Black-water fever - Number 35
Disease focus: Fever
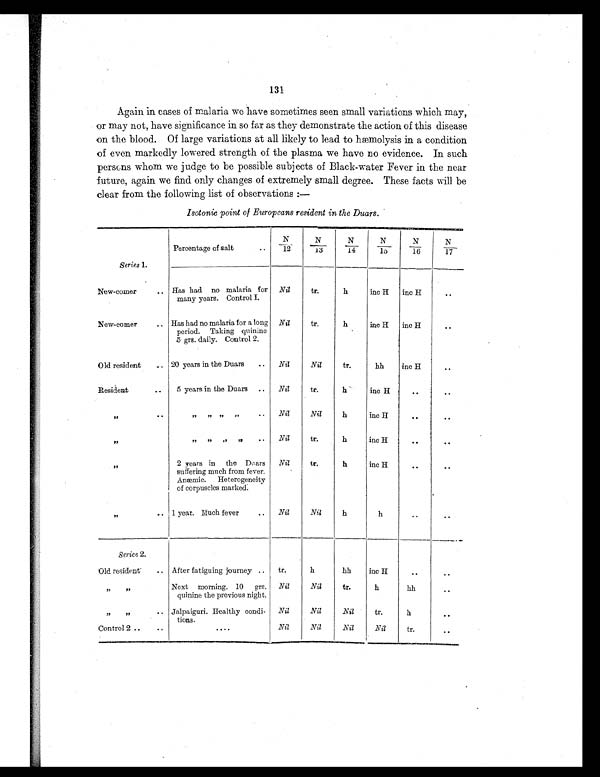
131
Again in cases of malaria we have sometimes seen small variations which may,
or may not, have significance in so far as they demonstrate the action of this disease
on the blood. Of large variations at all likely to lead to hæmolysis in a condition
of even markedly lowered strength of the plasma we have no evidence. In such
persons whom we judge to be possible subjects of Black-water Fever in the near
future, again we find only changes of extremely small degree. These facts will be
clear from the following list of observations :-
Isotonic point of Europeans resident in the Duars.
Series 1.
Percentage of salt
N
/12
N
/13
N
/14
N/15
N
/16
N
/17
New-comer
.. Has had no malaria for
many years.Control I.
N i l
tr.
h
inc H
inc H
. .
New-corner
.. Has had no malaria for a long
period.Taking quinine
5 grs. daily.Control 2.
Nil
tr.
h
inc H
inc H
. .
Old resident.. 20 years in the Duars..
N i l
Nil
tr.
hh
inc H
. .
Resident..
5 years in the Duars..
Nil
tr.
h
inc H
. . .
. .
”
” ” ” ”
Nil
Nil
h
inc H
. .
. .
”
” ” ” ”..
Nil
tr.
h
inc H
. .
. .
”
2 years in the Duars
suffering much from fever.
Anæmic.
Heterogeneity
of corpuscles marked.
Nil
tr.
h
inc H
. .
. .
”
1 year.Much fever..
Nil
Nil
h
h
. .
. .
Series 2.
Old resident.. After fatiguing journey..
tr.
h
hh
inc H
. .
. .
” ”
Next morning. 10 grs.
quinine the previous night.
Nil
Nil
tr.
h
hh
. .
” ” . . Jalpaiguri. Healthy condi-
tions.
Nil
Nil
Nil
tr.
h
. .
Control 2 ....
. . . .
N i l
.Nil
Nil
Nil
tr.
. .